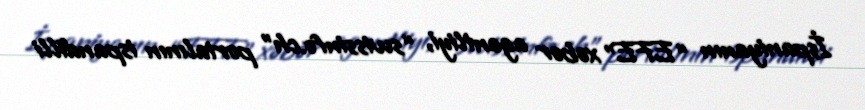
İspaniyanın “EFE” xəbər agentliyi, “swissinfo.ch” portalının ispandilli